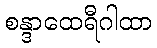
စန္ဒာထေရီဂါထာ